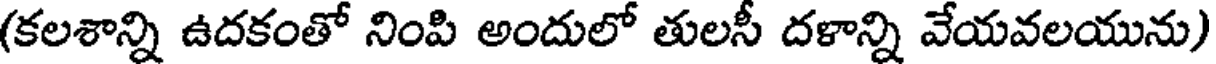
(కలశాన్ని ఉదకంతో నింపి అందులో తులసీ దళాన్ని వేయవలయును)